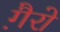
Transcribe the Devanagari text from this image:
गै़रो